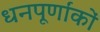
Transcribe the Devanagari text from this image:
धनपूर्णांकों